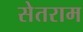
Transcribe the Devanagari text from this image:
सेतराम